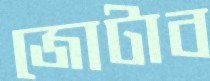
জোটাব